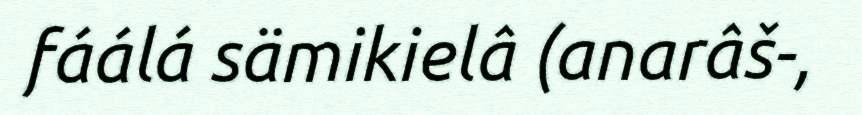
fáálá sämikielâ (anarâš-,